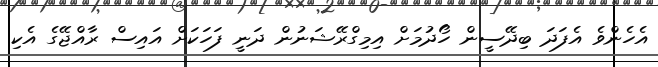
އެހެންވެ އެފަދަ ބިދޭސީން ހޯދުމަށް އިމިގްރޭޝަނުން ދަނީ ފަހަކަށް އައިސް ރާއްޖޭގެ އެކި